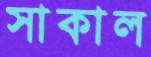
সাকাল